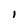
Character: I